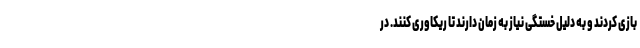
بازی کردند و به دلیل خستگی نیاز به زمان دارند تا ریکاوری کنند. در